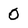
Character: O